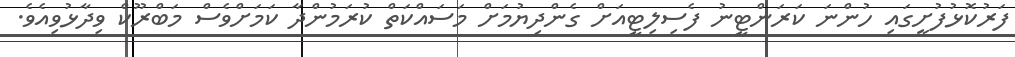
ފަރުކޮޅުފުށީގައި ހުންނަ ކަރަންޓީނު ފެސިލިޓީއަށް ގެންދިޔުމަށް މަސައްކަތް ކުރަމުންދާ ކަމަށްވެސް މަބްރޫކް ވިދާޅުވިއެވެ.